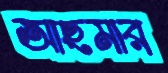
আছমার